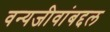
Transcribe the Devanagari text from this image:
वन्यजीवांबद्दल